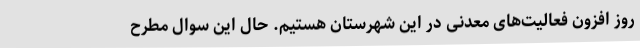
روز افزون فعالیت‌های معدنی در این شهرستان هستیم. حال این سوال مطرح